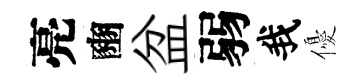
亮豳盆弱我優